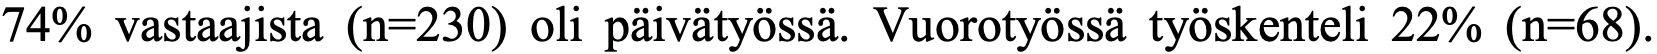
74% vastaajista (n=230) oli päivätyössä. Vuorotyössä työskenteli 22% (n=68).